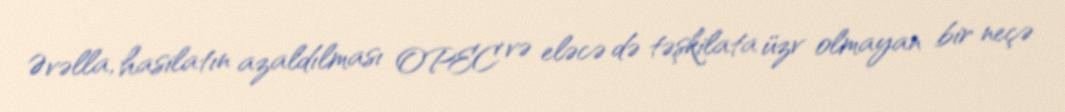
Əvəlla, hasilatın azaldılması OPEC və eləcə də təşkilata üzv olmayan bir neçə